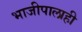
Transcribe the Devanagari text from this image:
भाजीपालाही